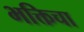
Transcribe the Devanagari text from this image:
भक्तिचा